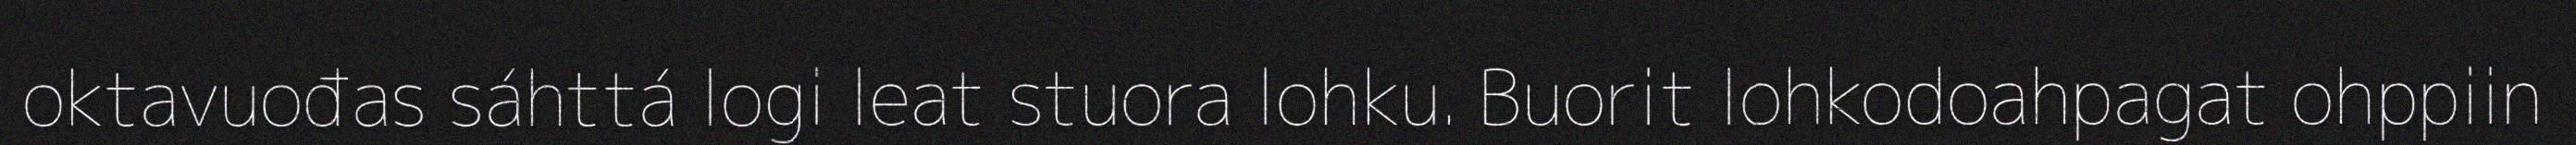
oktavuođas sáhttá logi leat stuora lohku. Buorit lohkodoahpagat ohppiin